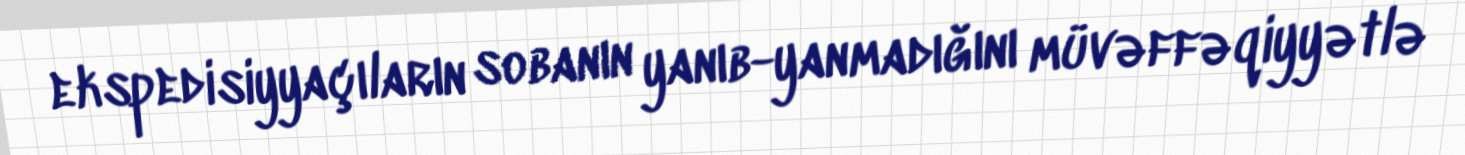
ekspedisiyyaçıların sobanın yanıb-yanmadığını müvəffəqiyyətlə